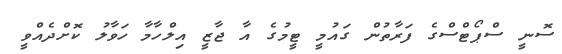
ސޮނީ ސްޕޯޓްސްގެ ފަރާތުން ގައުމީ ޓީމުގެ އާ ޖާޒީ އިލްހާމާ ހަވާލު ކޮށްދެއްވީ